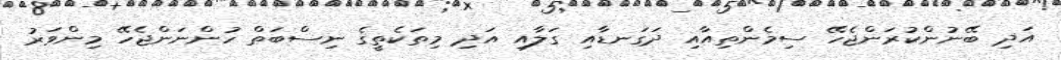
އަދި ބޭނުންކުރަންޖެހޭ ސިމެންތިއާއި ދަގަނޑާއި ގަލާއި އަދި މިތަކެތީގެ ނިސްބަތް ހުންނަންޖެހޭ މިންވަރު